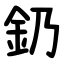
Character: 釢